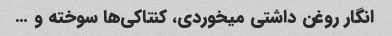
انگار روغن داشتی میخوردی، کنتاکی‌ها سوخته و …